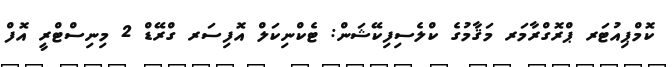
ކޮމްޕިއުޓަރ ޕްރޮގްރާމަރ މަޤާމުގެ ކްލެސިފިކޭޝަން: ޓެކްނިކަލް އޮފިސަރ ގްރޭޑް 2 މިނިސްޓްރީ އޮފް